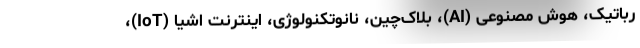
رباتیک، هوش مصنوعی (AI)، بلاک‌چین، نانوتکنولوژی، اینترنت اشیا (IoT)،